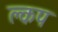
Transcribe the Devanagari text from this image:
क्लप